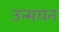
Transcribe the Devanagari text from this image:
उन्मयन